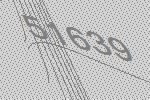
51639